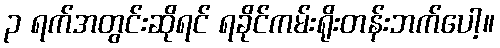
၃ ရက်အတွင်းဆိုရင် ရခိုင်ကမ်းရိုးတန်းဘက်ပေါ့။